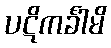
ပဋိကင်္ခါမိ